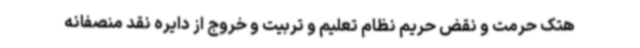
هتک حرمت و نقض حریم نظام تعلیم و تربیت و خروج از دایره نقد منصفانه